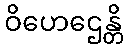
ဝိဟေဌေန္တိ